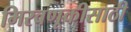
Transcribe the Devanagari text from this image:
मिरवणूकीसाठी